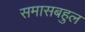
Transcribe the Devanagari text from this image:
समासबहुल